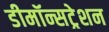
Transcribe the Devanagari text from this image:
डीमॉन्सट्रेशन